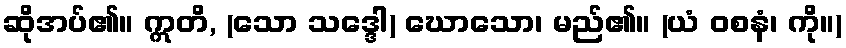
ဆိုအပ်၏။ ဣတိ, (သော သဒ္ဒေါ) ဃောသော၊ မည်၏။ (ယံ ဝစနံ၊ ကို။)